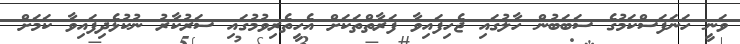
ވަނީ ހަނަފަސްކަމުގެ ސަބަބުން ހާލުގައި ޖެހިފައިވާ ފަރާތްތަކަށް އެހީތެރިވުމުގައި ސަރުކާރު ނުކުޅެދިފައިވާ ކަމަށް